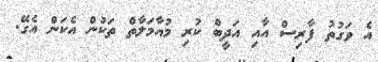
އެ ވަގުތު ފާރިސް އާއި އަދީބް ކުރި މުއާމަލާތް ތަކުން އެކަން އެގޭ.